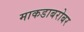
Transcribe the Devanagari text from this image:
माकडाबरोबर